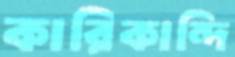
কারিকান্দি